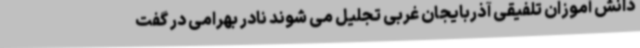
دانش آموزان تلفیقی آذربایجان غربی تجلیل می شوند نادر بهرامی در گفت